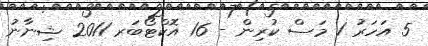
5 އަހަރު 1 މަސް ކުރިން - 16 އޮކްޓޯބަރ 2011 ޝިނާނު